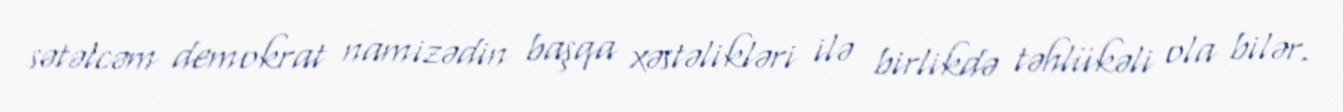
sətəlcəm demokrat namizədin başqa xəstəlikləri ilə birlikdə təhlükəli ola bilər.